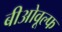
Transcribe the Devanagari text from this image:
बीओवूल्फ